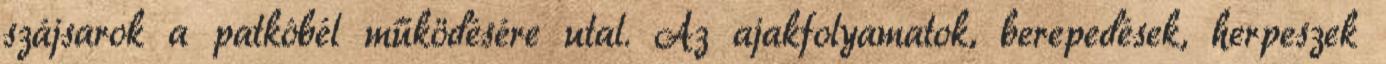
szájsarok a patkóbél működésére utal. Az ajakfolyamatok, berepedések, herpeszek